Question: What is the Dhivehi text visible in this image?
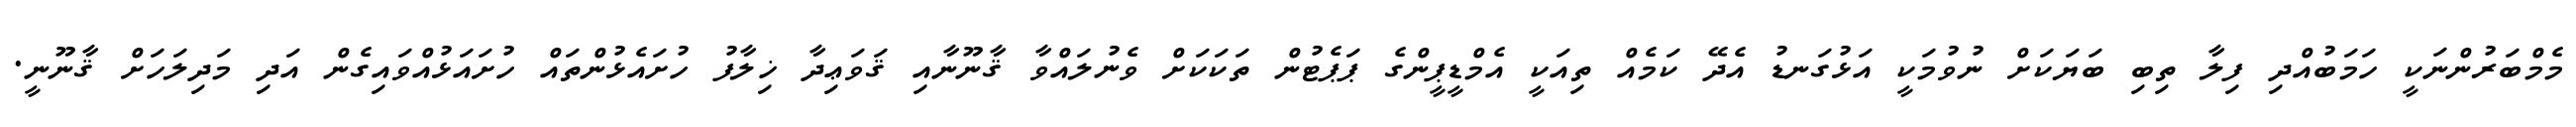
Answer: މެމްބަރުންނަކީ ހަމަބުއްދި ފިލާ ތިބި ބަޔަކަށް ނުވުމަކީ އަޅުގަނޑު އެދޭ ކަމެއް ތިއަކީ އެމްޑީޕީންގެ ޕަޕެޓުން ތަކަކަށް ވެނުލައްވާ ޤާނޫނާއި ޤަވަޢިދާ ޚިލާފު ހުށައެޅުންތައް ހުށައަޅުއްވައިގެން އަދި މަދިލަހަށް ޤާނޫނީ.